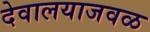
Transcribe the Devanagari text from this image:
देवालयाजवळ